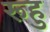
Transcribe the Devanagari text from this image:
रूहु